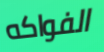
الفواكه